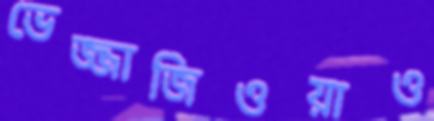
ভেজ্জাজিওয়াও